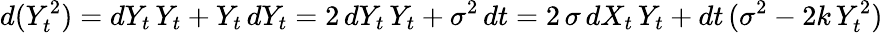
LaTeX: d(Y_{t}^{2})=dY_{t}\, Y_{t}+Y_{t}\, dY_{t}=2\, dY_{t}\, Y_{t}+\sigma^{2}\, dt=2\, \sigma\, dX_{t}\, Y_{t}+dt\, (\sigma^{2}-2k\, Y_{t}^{2})